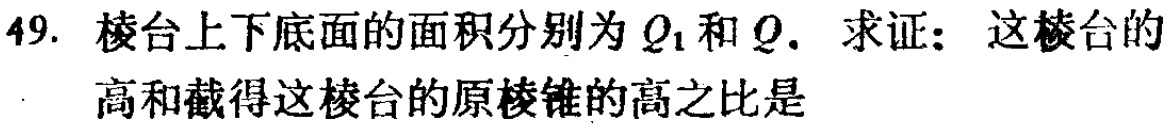
49. 棱台上下底面的面积分别为\(Q_{1}\)和\(Q\). 求证：这棱台的高和截得这棱台的原棱锥的高之比是